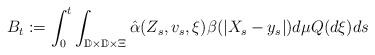
\begin{align*}B_t:= \int_0^t \int_{\mathbb{D} \times\mathbb{D} \times \Xi} \hat{\alpha}(Z_s, v_s, \xi) \beta(|X_s - y_s|)d\mu Q(d\xi) ds \end{align*}